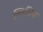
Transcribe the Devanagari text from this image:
व्लिसिया